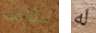
تتلاعب له